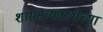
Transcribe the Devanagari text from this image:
शासनव्यवस्थेच्या